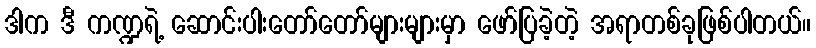
ဒါက ဒီ ကဏ္ဍရဲ့ ဆောင်းပါးတော်တော်များများမှာ ဖော်ပြခဲ့တဲ့ အရာတစ်ခုဖြစ်ပါတယ်။